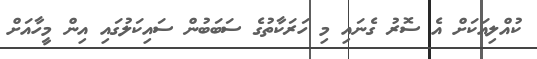
ކުއްލިއަކަށް އެ ސޮރު ގެނައި މި ހަރަކާތުގެ ސަބަބުން ސައިކަލުގައި އިން މީހާއަށް